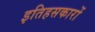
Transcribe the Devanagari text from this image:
इतिहसकारों